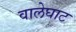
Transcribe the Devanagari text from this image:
वालेघाट